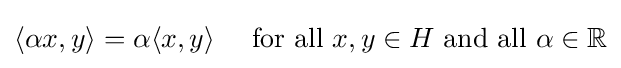
\langle \alpha x,y\rangle =\alpha \langle x,y\rangle \quad {\text{ for all }}x,y\in H{\text{ and all }}\alpha \in \mathbb {R}